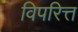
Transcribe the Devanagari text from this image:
विपरित्त